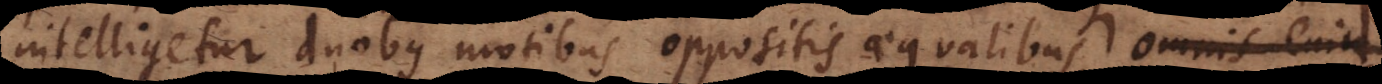
intelligetur duobus motibus oppositis aequalibus, omnis enim